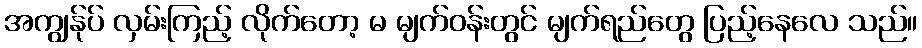
အကျွန်ုပ် လှမ်းကြည့် လိုက်တော့ မ မျက်ဝန်းတွင် မျက်ရည်တွေ ပြည့်နေလေ သည်။